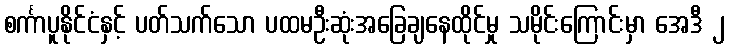
စင်္ကာပူနိုင်ငံနှင့် ပတ်သက်သော ပထမဦးဆုံးအခြေချနေထိုင်မှု သမိုင်းကြောင်းမှာ အေဒီ ၂